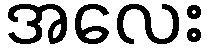
အလေး